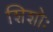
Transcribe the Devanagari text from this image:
शिशोः